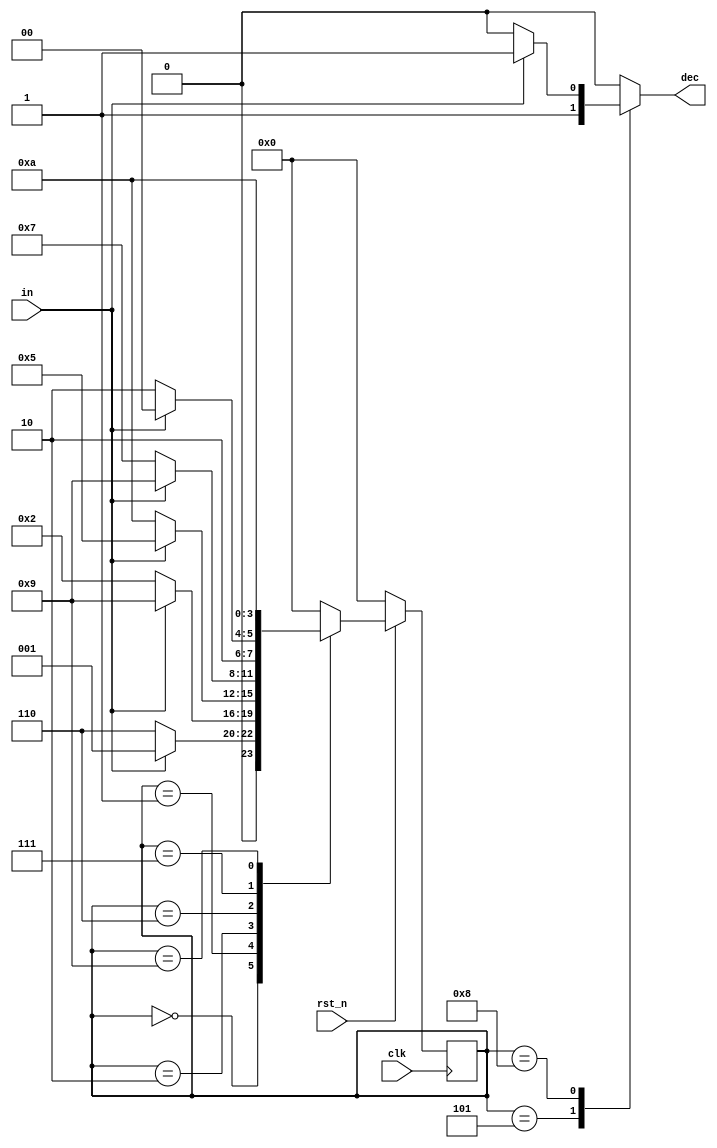
`timescale 1ns/1ps

module Mealy_Sequence_Detector (clk, rst_n, in, dec);
input clk, rst_n;
input in;
output reg dec;
reg [4-1:0] state, next_state;

parameter S0 = 4'b0000;

parameter S1 = 4'b0001;
parameter S2 = 4'b0010;
parameter S3 = 4'b0101;

parameter S4 = 4'b0110;
parameter S5 = 4'b0111;
parameter S6 = 4'b1000;

parameter F1 = 4'b1001;
parameter F2 = 4'b1010;


    always @(posedge clk) begin
        if(rst_n == 0)  begin 
            state <= S0;
        end 
        else begin
            state <= next_state;
        end
    end

    always @(*) begin 
        case(state)
            S0 : begin
                if(in == 1) begin 
                    next_state = S1;
                    dec = 1'b0;
                end
                else begin
                    next_state = S4;
                    dec = 1'b0;
                end
            end
            S1 : begin
                if(in == 1) begin 
                    next_state = F1;
                    dec = 1'b0;
                end
                else begin
                    next_state = S2;
                    dec = 1'b0;
                end
            end
            S2 : begin
                if(in == 1) begin 
                    next_state = S3;
                    dec = 1'b0;
                end
                else begin
                    next_state = F2;
                    dec = 1'b0;
                end
            end
            S3 : begin
                next_state = S0;
                dec = 1'b1;
            end
            S4 : begin
                if(in == 1) begin 
                    next_state = F1;
                    dec = 1'b0;
                end
                else begin
                    next_state = S5;
                    dec = 1'b0;
                end
            end
            S5 : begin
                if(in == 1) begin 
                    next_state = S6;
                    dec = 1'b0;
                end
                else begin
                    next_state = F2;
                    dec = 1'b0;
                end
            end
            S6 : begin
                if(in == 1) begin 
                    next_state = S0;
                    dec = 1'b1;
                end
                else begin
                    next_state = S0;
                    dec = 1'b0;
                end
            end
            F1 : begin
                next_state = F2;
                dec = 1'b0;
            end
            F2 : begin
                next_state = S0;
                dec = 1'b0;
            end
            default : begin
                next_state = S0;
                dec = 1'b0;
            end
        endcase
    end
endmodule